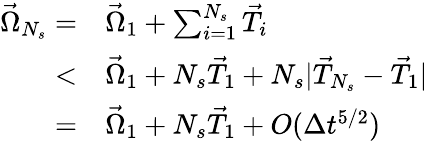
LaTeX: \begin{array}{rl}{\vec{\Omega}_{N_{s}}=}&{\vec{\Omega}_{1}+\sum_{i=1}^{N_{s}}\vec{T}_{i}}\\ {<}&{\vec{\Omega}_{1}+N_{s}\vec{T}_{1}+N_{s}|\vec{T}_{N_{s}}-\vec{T}_{1}|}\\ {=}&{\vec{\Omega}_{1}+N_{s}\vec{T}_{1}+O(\Delta t^{5/2})}\end{array}